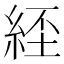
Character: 𦀰